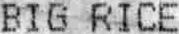
BIG RICE